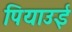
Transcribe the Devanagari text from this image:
पियाउई